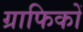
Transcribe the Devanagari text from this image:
ग्राफिकों